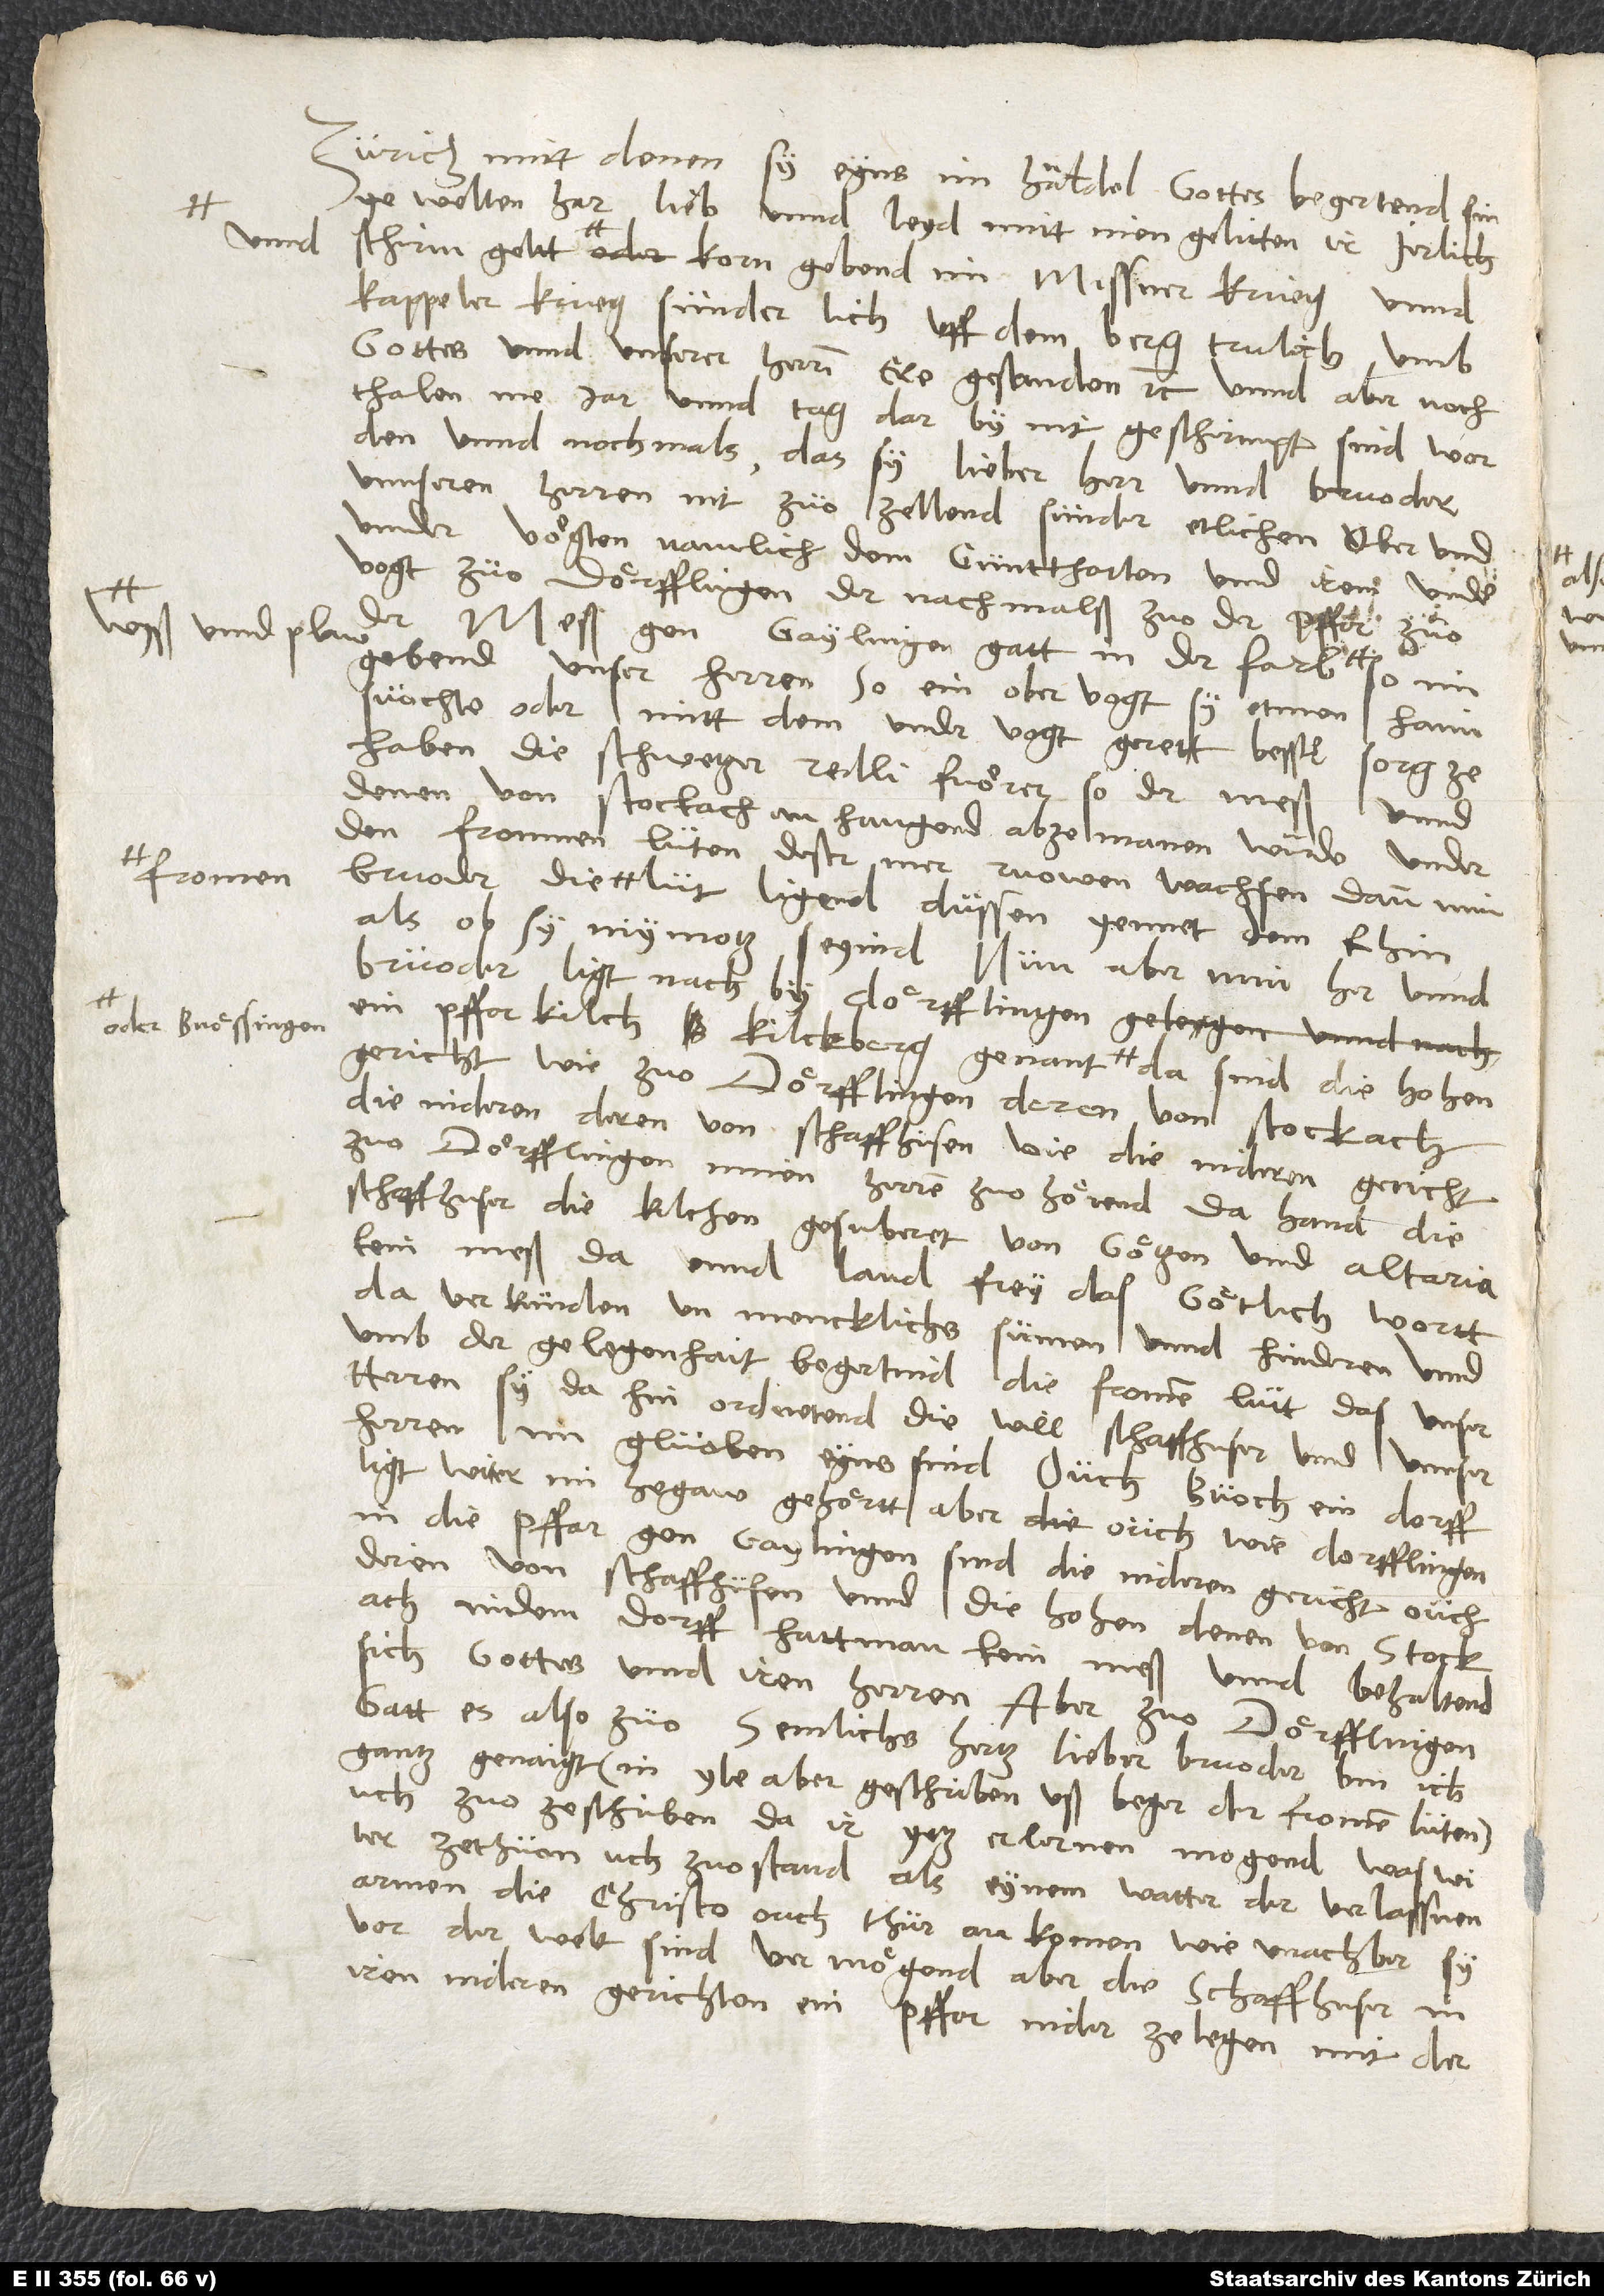
wyß unnd plaw,
fromen
oder Buössingen;

zuoZürich, mitt denen sy eyns im handel gottes begertend sin,
ye welten har lieb unnd leyd mitt inen gelitten, ir jerlich
schirmgeltt unnd korn gebend, im Missner krieg unnd
Kappeler krieg, sunderlich uff dem berg, trulich umb
gottes unnd unserer herren ere gestanden etc. Unnd aber noch
thalenme jar und tag darby nit geschirmpt sind worden.
nochmals, das sy, lieber herr unnd bruoder,
unnseren herren nit zuozellend, sunder etlichen ober- und
undervögten, namlich dem Gunttharten unnd irem undervogt
zuo Dörfflingen, der nachmals zuo der pffar zuo
der meß gen Gaylingen gattin der farb
gebend unser herren. So ein obervogt sy etman
haimsuochte oder mitt dem undervogt gerett, besser
sorg ze
haben, die schwezer, redlifuörer, so der meß unnd
denen von Stockach anhangend, abzemanen, wurde under
den frommen lüten dester mer ruowen wachsen. Dann, min
als ob sy niymoz seyind. Nun aber, min her unnd
bruoder, ligt nach by Dörfflingen
gericht wie zuo Dörfflingen deren von Stockach,
die nideren deren von Schaffhusen, wie die nideren gericht
zuo Dörfflingen minen herren zuohörend. Da hand die
Schaffhuser die kilchen gesuberet von gözen und altaria,
kein meß da, unnd land frey das götlich wortt
da verkünden, unmencklichs sumen unnd hinderen. Unnd
umb der gelegenhait begertind die fromen lütt, das unser
herren si dahin ordnetend, diewill Schafthuser unnd unnser
herren im gluoben eyns sind. Ouch Buoch, ein dorff,
ligt witer im Hegaw, gehörtt aber ouch wie Dorfflingen
in die pffar gon Gaylingen, sind die nideren gericht ouch
deren von Schaffhusen unnd die hohen denen von Stockach.
In dem dorff hatt man kein meß, unnd behaltend
sich gottes und iren herren. Aber zuo Dörfflingen
gatt es also zuo! Semlichs, herzlieber bruoder, bin ich
ganz genaigt (in yle aber geschriben, uß beger der fromen lüten)
uch zuozeschriben. Da ir yez erlernen mogend, was wyter
ze thuon uch zuostand als eynam vatter der verlassnen
armen, die Christo ouch thür ankomen, wie unachbar sy
vor der welt sind. Vermögend aber die Schaffhuser in
iren nideren gerichten ein pffar niderzelegen mit der